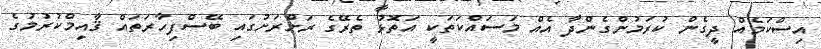
އިސްކަމެއް ދީގެން ކުރަމުންގެންދާ އެއް މަސައްކަތަކީ އަތޮޅު ތެރޭގެ ރަށްރަށުގައި ބޭސްފިހާރަތައް ޤާއިމްކުރުމުގެ